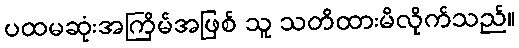
ပထမဆုံးအကြိမ်အဖြစ် သူ သတိထားမိလိုက်သည်။